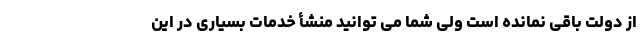
از دولت باقی نمانده است ولی شما می توانید منشأ خدمات بسیاری در این